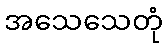
အသေသေတုံ